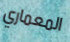
المعماري